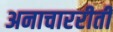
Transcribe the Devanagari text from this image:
अनाचाररीती